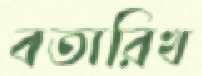
বতারিখ